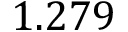
1 . 2 7 9